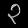
Digit: ၃